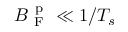
B _ { \mathrm { ~ F ~ } } ^ { \mathrm { ~ p ~ } } \ll 1 / T _ { s }